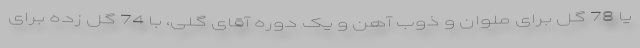
یا 78 گل برای ملوان و ذوب آهن و یک دوره آقای گلی، با 74 گل زده برای